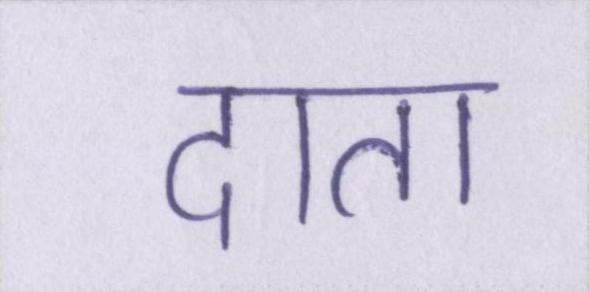
दाता